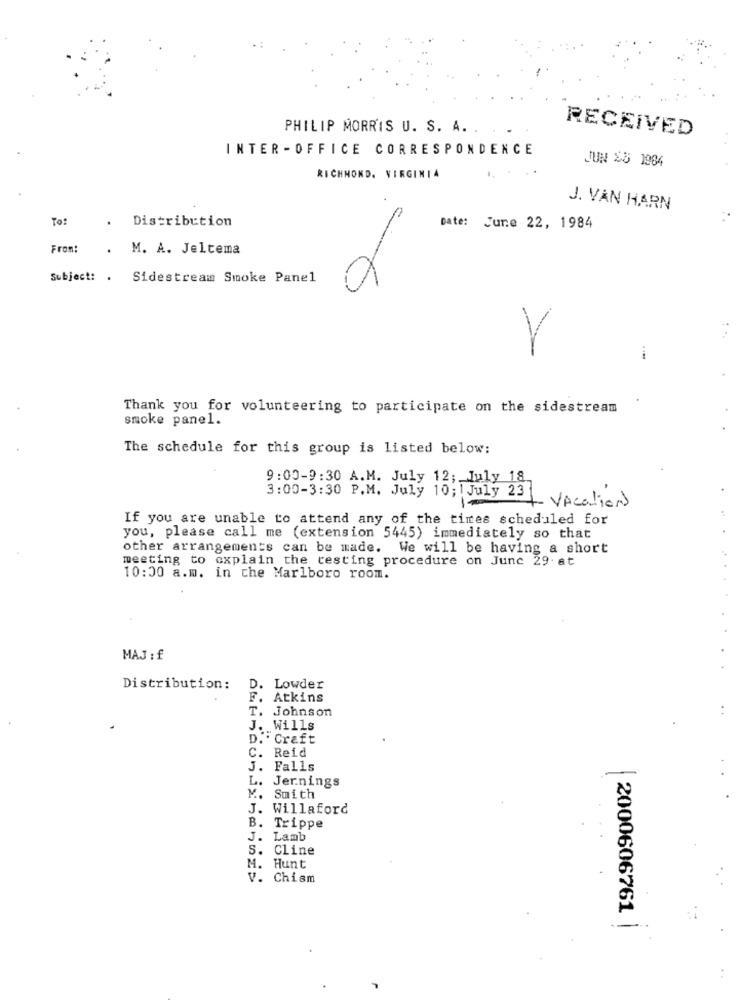
PHILIP MORRIS U. S. A. .
RECEIVED
INTER - OFFICE CORRESPONDENCE
JUN SU 1984
.. . ..
RICHMOND, VIRGINIA
J. VAN HARN
To:
.
Distribution
Date: June 22, 1984
From:
. M. A. Jeltema
Subject: . Sidestream Smoke Panel
V
Thank you for volunteering to participate on the sidestream
smoke panel.
The schedule for this group is listed below:
9:00-9:30 A.M. July 12; July 18
3:00-3:30 P.M. July 10; July 221 Vocation
If you are unable to attend any of the times scheduled for
you, please call me (extension 5445) immediately so that
other arrangements can be made. We will be having a short
meeting to explain the testing procedure on June 29. at
10:00 a.m. in the Marlboro room.
MAJ : f
Distribution:
D. Lowder
F. Atkins
T. Johnson
J. Wills
D. . Craft
C. Reid
J. Falls
L. Jernings
M. Smith
J. Willaford
B. Trippe
J. Lamb
. Cline
M. Hunt
V. Chism
2000606761